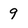
Character: 9